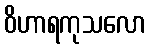
ဝိဟာရကုသလော